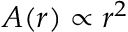
A ( r ) \propto r ^ { 2 }